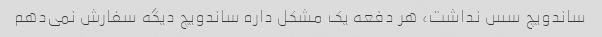
ساندویچ سس نداشت، هر دفعه یک مشکل داره ساندویچ دیگه سفارش نمی‌دهم